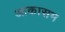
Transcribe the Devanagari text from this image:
आकासम